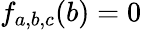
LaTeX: f_{a,b,c}(b)=0